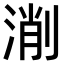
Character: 𣸛